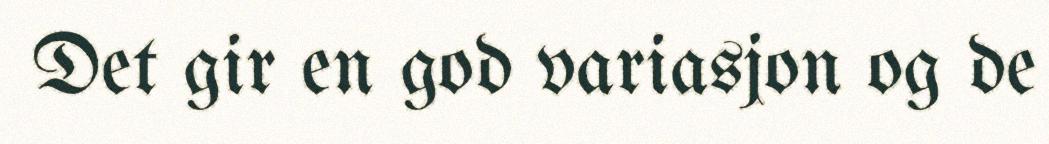
Det gir en god variasjon og de